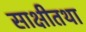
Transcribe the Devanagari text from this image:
साक्षीतथा